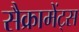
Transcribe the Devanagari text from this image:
सैक्रामेंट्स